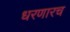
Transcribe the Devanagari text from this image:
धरणारच